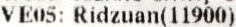
VE05: RIDZUAN(11900)